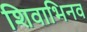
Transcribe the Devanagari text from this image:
शिवाभिनव